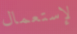
لإستعمال